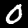
Digit: 0